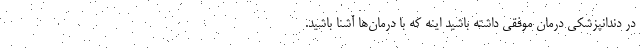
در دندانپزشکی درمان موفقی داشته باشید اینه که با درمان‌ها آشنا باشید.